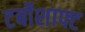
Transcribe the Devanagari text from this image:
टर्बोशाफ्ट